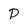
Character: p